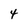
Character: 4